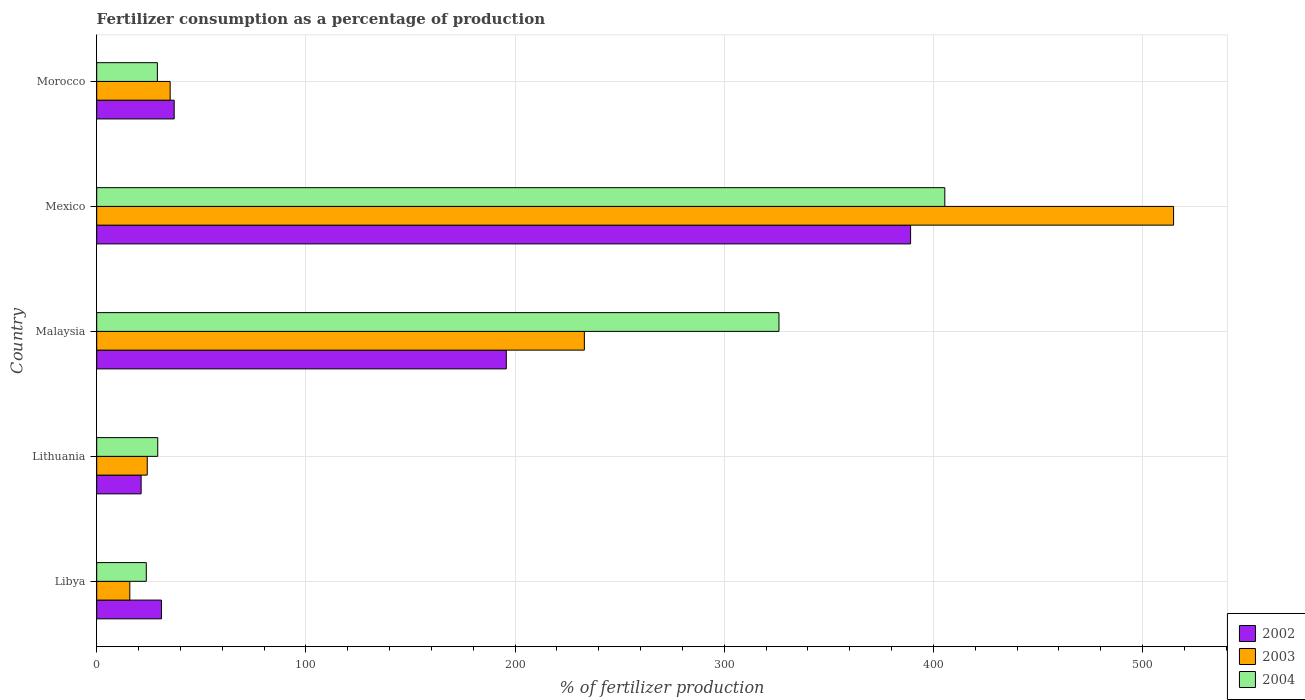
| Country | 2002 | 2003 | 2004 |
 | --- | --- | --- | --- |
 | Libya | 31 | 15.8 | 23.7 |
 | Lithuania | 21.2 | 24.2 | 29.2 |
 | Malaysia | 196 | 233 | 326 |
 | Mexico | 389 | 515 | 405 |
 | Morocco | 37 | 35.1 | 29 |